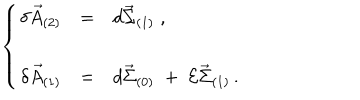
\left\{ \begin{array} { r c l } { { \delta \vec { A } _ { ( 2 ) } } } & { { = } } & { { d \vec { \Sigma } _ { ( 1 ) } \; , } } \\ { { } } & { { } } & { { } } \\ { { \delta \vec { A } _ { ( 1 ) } } } & { { = } } & { { d \vec { \Sigma } _ { ( 0 ) } \; + \; { \cal E } \vec { \Sigma } _ { ( 1 ) } \, . } } \\ \end{array} \right.